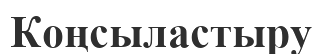
Коңсыластыру